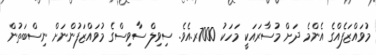
މުވައްޒަފެއްގެ އެންމެ ދަށް މުސާރައަކީ މަހަކު 7000ރ.އެވެ. ސިވިލް ސާވިސްގެ މުވައްޒަފުންނަށް ނިސްބަތުން